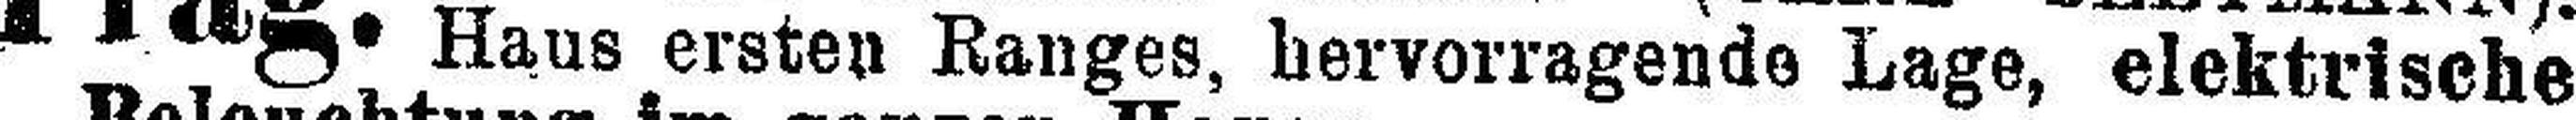
Haus ersten Ranges, hervorragende Lage, elektrische